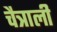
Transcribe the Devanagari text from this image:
चैत्राली